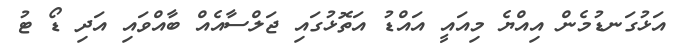
އަޅުގަނޑުމެން އިއްޔެ މިއައީ އައްޑު އަތޮޅުގައި ޖަލްސާއެއް ބާއްވައި އަދި ޑޯ ޓު